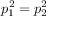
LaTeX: p _ { 1 } ^ { 2 } = p _ { 2 } ^ { 2 }